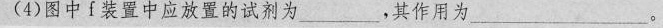
(4)图中i装置中应放置的试剂为______，其作用为__ 。